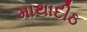
માથાદીઠ